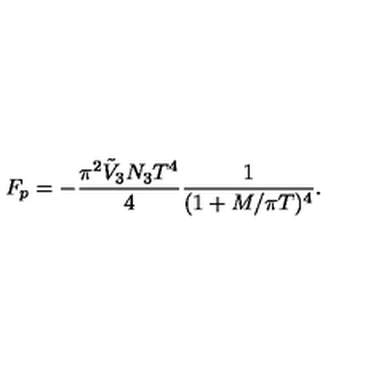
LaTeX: F _ { p } = - \frac { \pi ^ { 2 } \tilde { V } _ { 3 } N _ { 3 } T ^ { 4 } } { 4 } \frac { 1 } { ( 1 + M / \pi T ) ^ { 4 } } .